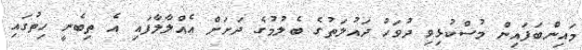
މައިންބަފައިން މުސްކުޅިވި ދުވަހު ދައުލަތުގެ ބެލުމުގެ ދަށަށް އެއްލާލާފައި އެ ތިބެނީ ހިތުގައި